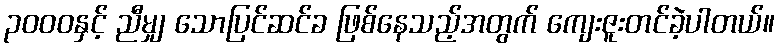
၃၀၀၀နှင့် ညီမျှ သောပြင်ဆင်ခ ဖြစ်နေသည့်အတွက် ကျေးဇူးတင်ခဲ့ပါတယ်။